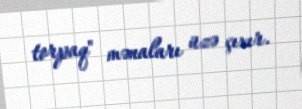
torpaq" mənaları üzə çıxır.